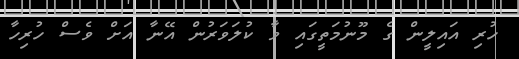
ހުރި އައިލީން ގެ މޫނުމަތީގައި ވާ ކުލަވަރުން އޭނާ އަށް ވެސް ހުރިހާ